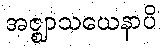
အဇ္ဈာသယေနာပိ